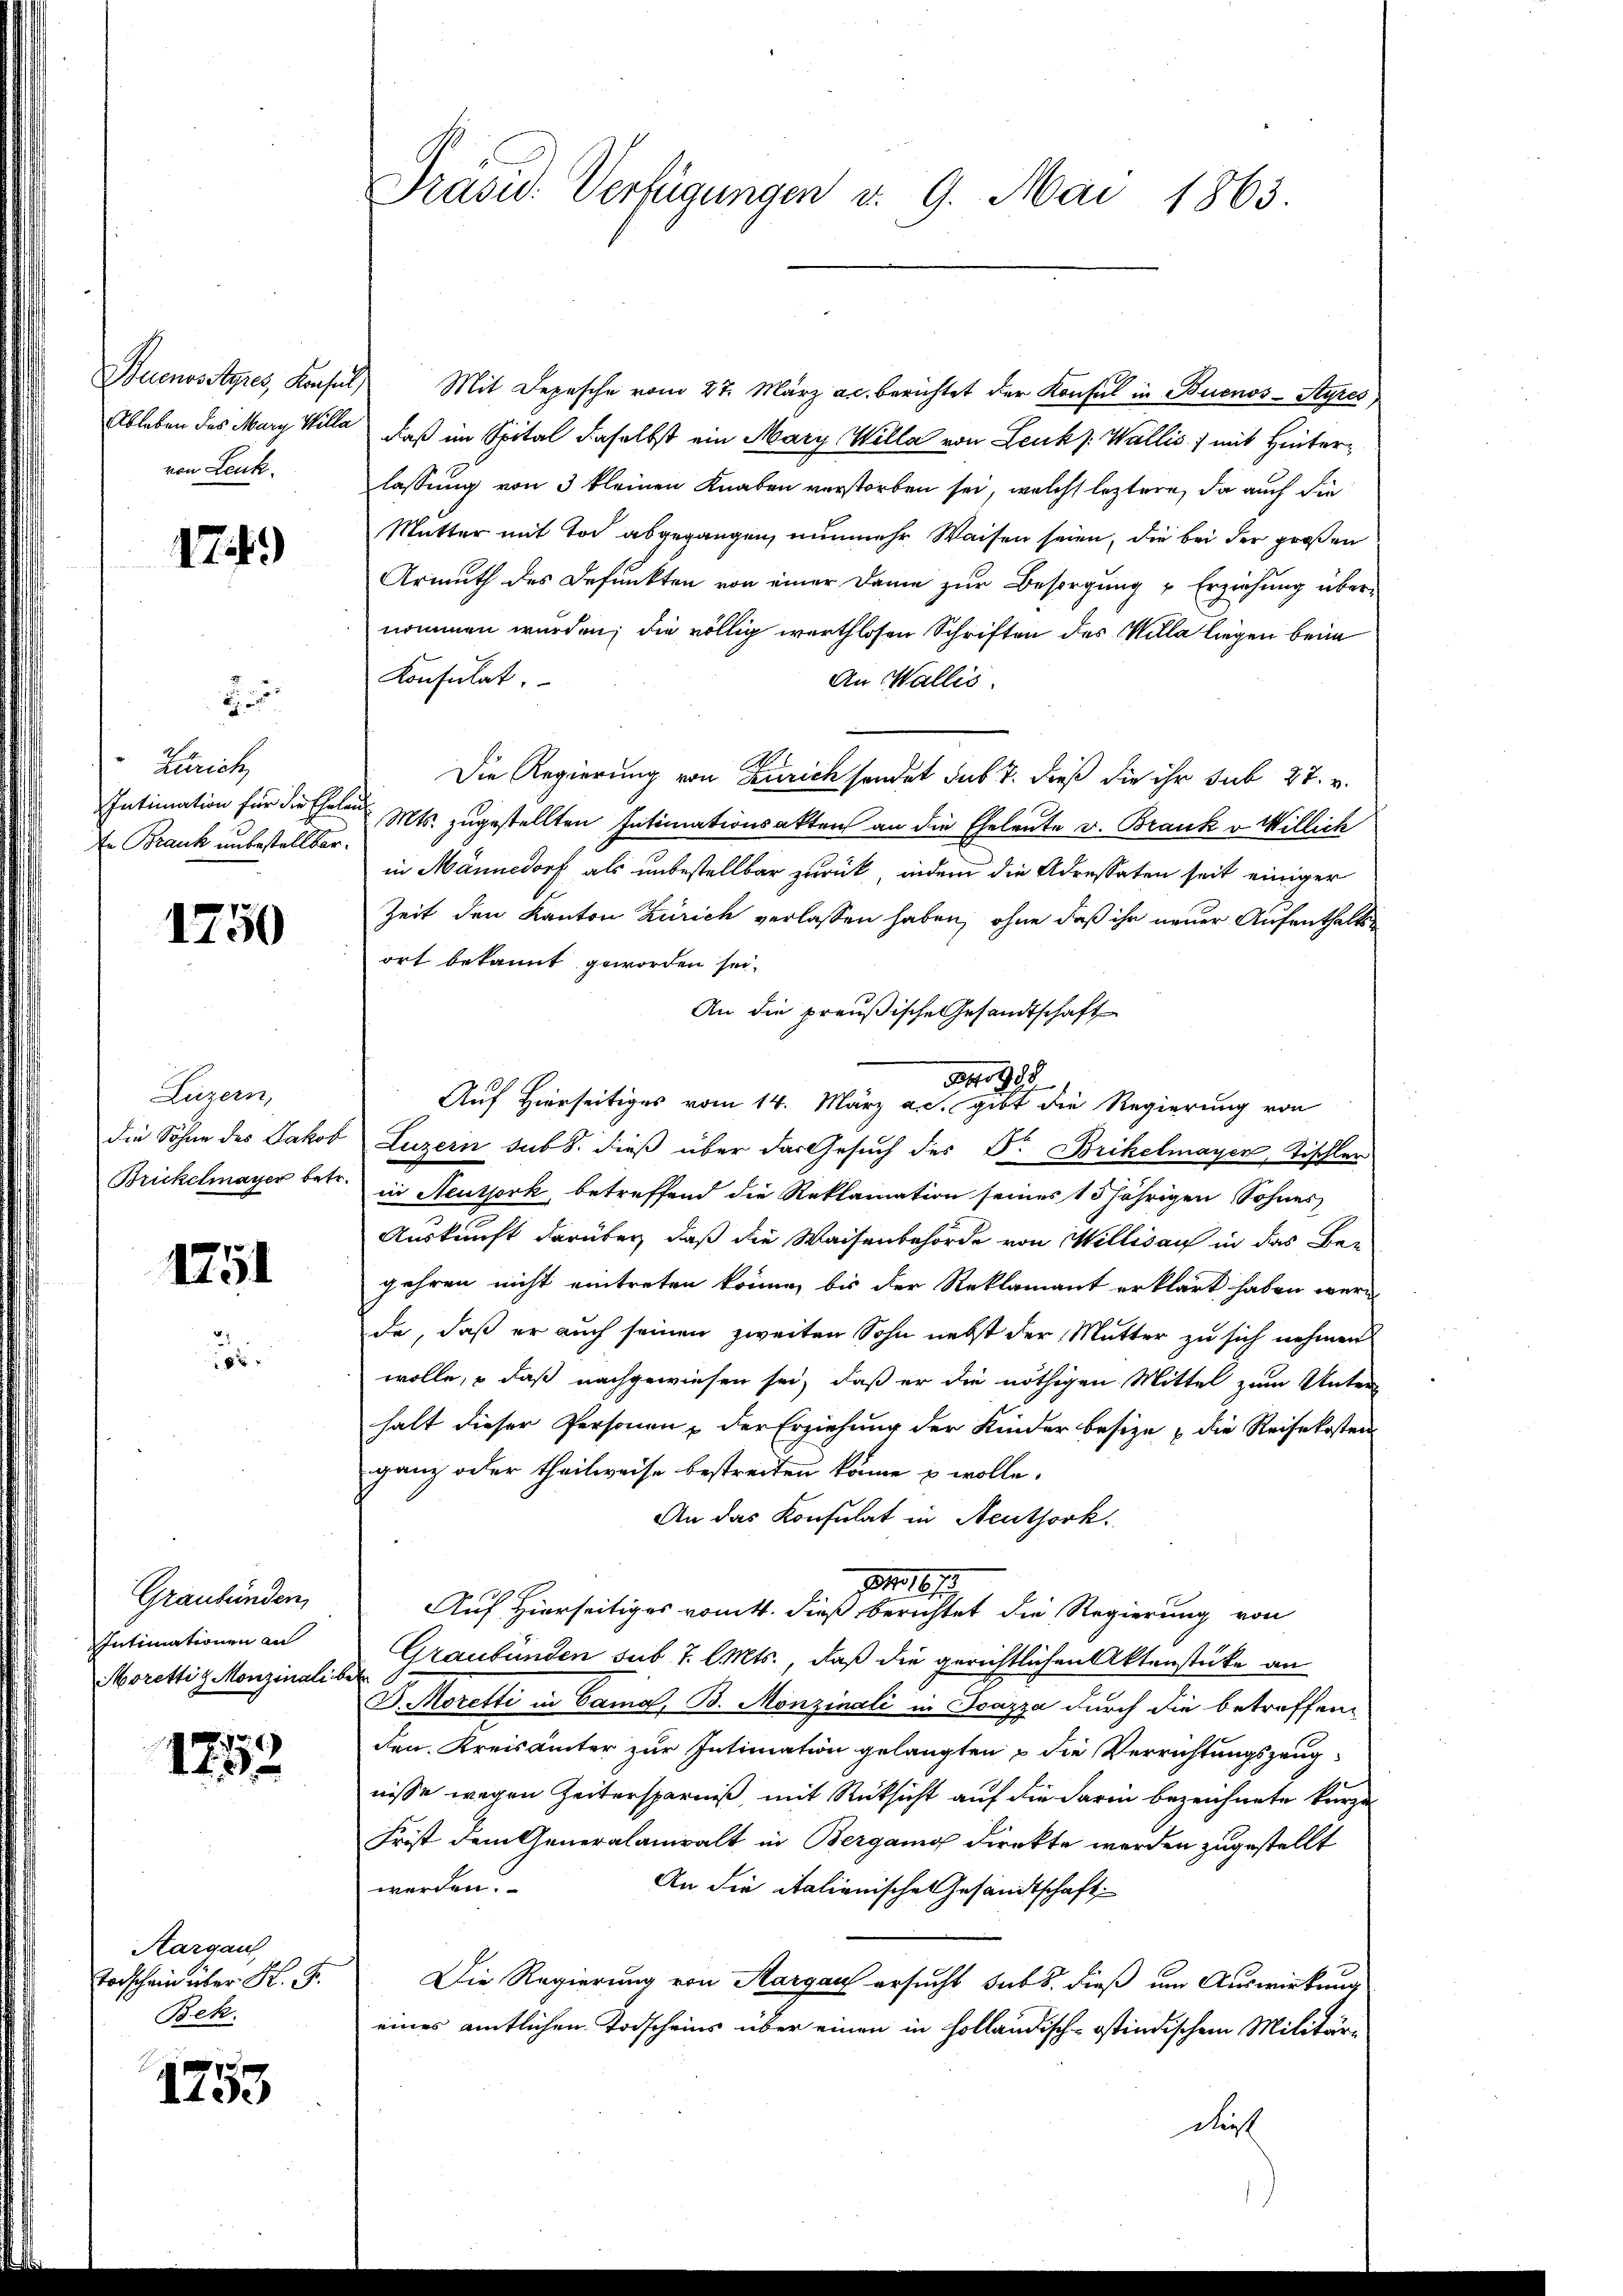
Buenosstyres, Konsul,
Ableben des Marg Willa
von Leuk.

17.)

Zürich
Intimation für die Eheleu
En Brank unbestellbar.

1750

Luzern,
die Söhne des Jakob
Brickelmayer betr.

1751

Graubünden,
Intimationen an
Morettis Monzialis

7
113

Aargau
Todschein über K. G.
Bek.

1253

Prasid. Verfügungen v. 9. Mai 1863.

Mit Depesche vom 27. März a.c. berichtet der Konsul in Buenos-Ayres
daß im Spital daselbst ein Mary, Wella von Leuk Wallis, mit Hinterlassung von 3 kleinen Knaben verstorben sei, welche leztere, da auch die
Mutter mit Tod abgegangen, nunmehr Waisen seien, die bei der großen
Armuth des Befunkten von einer Dame zur Besorgung u Erziehung übernommen wurden; die völlig werthlosen Schriften des Willa liegen beim
Konsulat.
An Wallis.
Die Regierung von Zürich sondet sub 7. dieß die ihr sub 27. v.
Mts. zugestellten Intimationsakten an die Eheleute v. Brank v. Willich
in Männedorf als unbestellbar zurück, indem die Adressaten seit einiger
Zeit den Kanton Zürich verlassen haben, ohne daß ihr neuer Aufenthaltsort bekannt geworden sei.
An die preußische Gesandtschaft
Auf Hierseitiges vom 14. März a.c. gibt die Regierung von
Luzern sub 8. dieß über das Gesuch des Dr. Brikelmayer, Tischler
in Neuthork, betreffend die Reklamation seines 15 jährigen Sohnes
Auskunft darüber, daß die Waisenbehörde von Willisau in das Begehren nicht eintreten könne, bis der Reklamant erklärt haben werde
de, daß er auch seinen zweiten Sohn nebst der Mutter zu sich nehmen
wolle, o daß nachgewiesen sei, daß er die nöthigen Mittel zum Unter
halt dieser Personen, der Erziehung der Kinder besize, die Reisekosten
ganz oder theilweise bestreiten könne & wolle.
An das Konsulat in Neuthork.
pro 1873.
Auf Hierseitiges vomtt. dieß berichtet die Regierung von
Graubünden sub 7. l. Mts., daß die gerichtlichen Aktenstücke an
D. Moretti in Canal, B. Monzinali in Spazza durch die betreffen
den Kreisämter zur Intimation gelangten die Verrichtungszeugnisse wegen Zeitersparniß, mit Rücksicht auf die darin bezeichnete kurze
Frist dem Generalanwalt in Bergang direkte werden zugestellt
werden.
An die italienische Gesandtschaft
Die Regierung von Aargau ersucht subs, dieß um Auswirkung
eines amtlichen Todscheins über einen in holländisch-ostindischem Militär-
daß

24988.